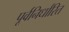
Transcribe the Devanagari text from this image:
पूर्वनिर्धांरित